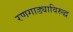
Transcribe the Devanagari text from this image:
रणगाड्याविरुद्ध